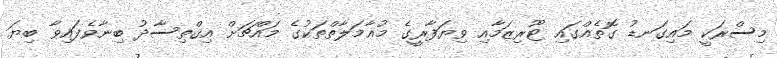
މިސްރަކީ މައިގަނޑު ގޮތެއްގައި ޓޫރިޒަމާއި ވިޔަފާރީގެ މުޢާމަލާތްތަކުގެ މައްޗަށް އިޤްތިސާދު ބިނާވެފައިވާ ބިޔަ